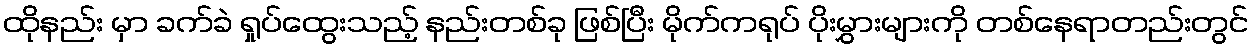
ထိုနည်း မှာ ခက်ခဲ ရှုပ်ထွေးသည့် နည်းတစ်ခု ဖြစ်ပြီး မိုက်ကရုပ် ပိုးမွှားများကို တစ်နေရာတည်းတွင်